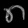
Digit: ၈